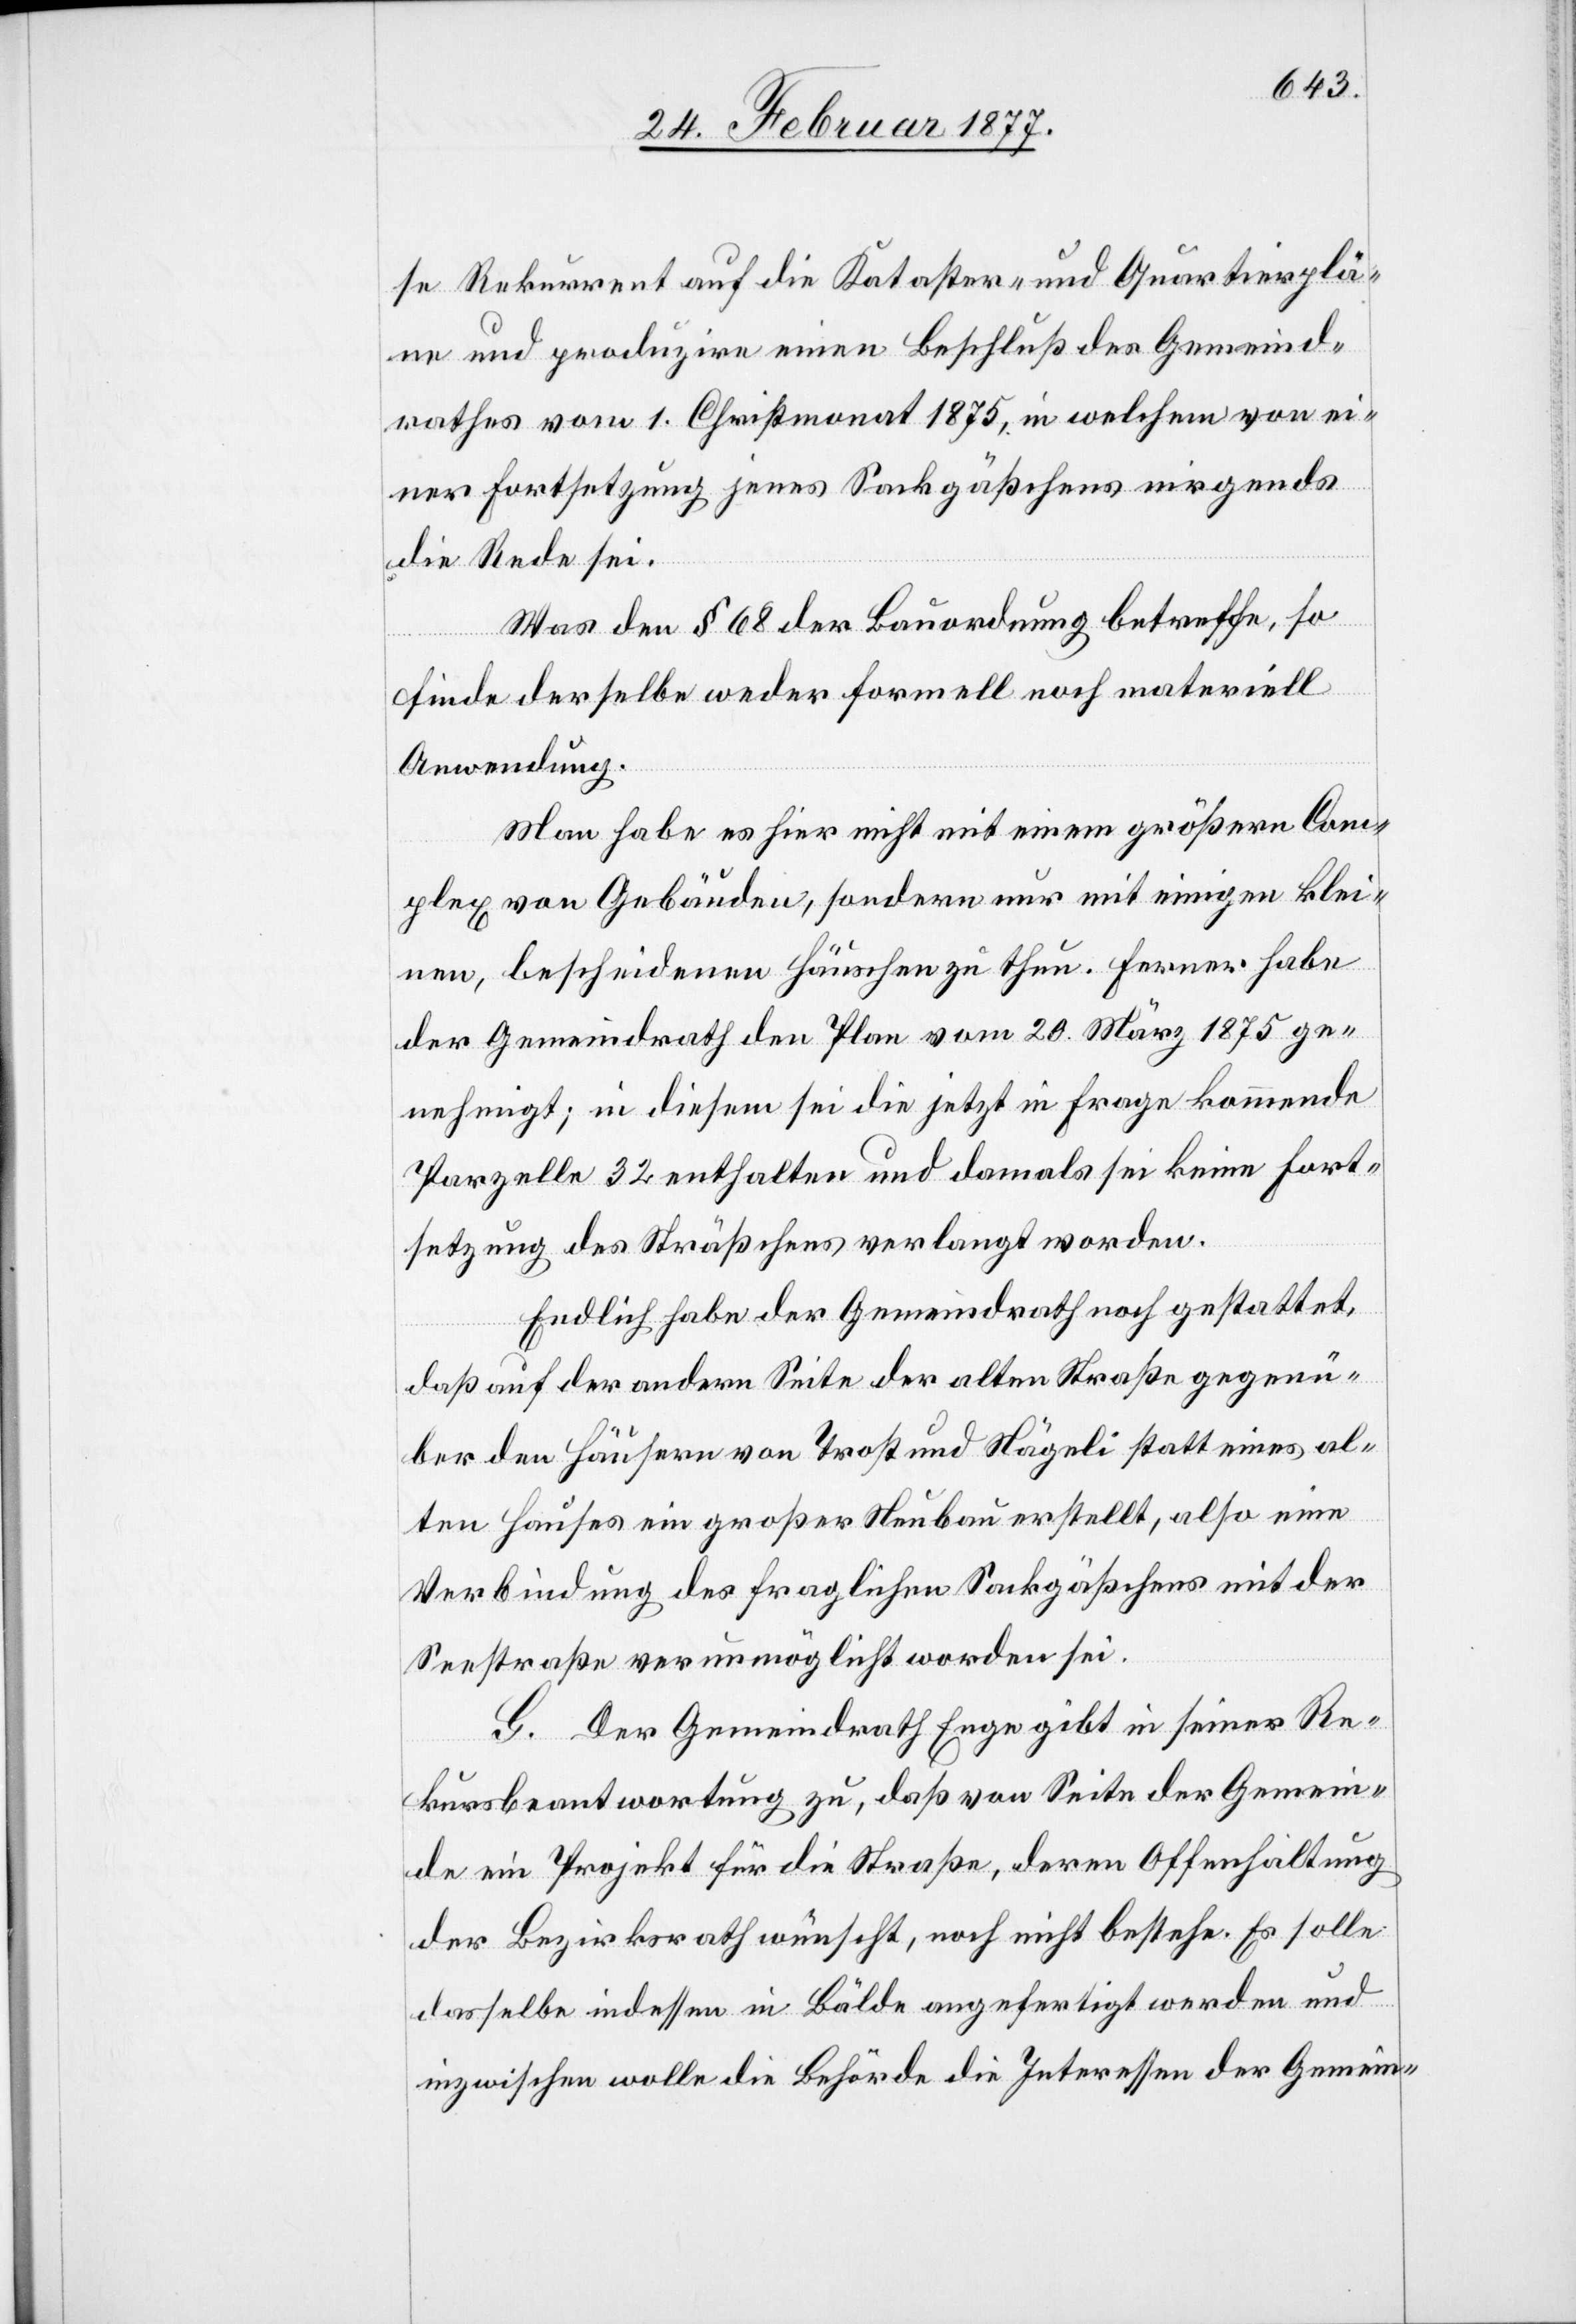
se Rekurrent auf die Kataster- und Quartierplä¬
ne und produzire einen Beschluß des Gemeind¬
rathes vom 1. Christmonat 1875, in welchem von ei¬
ner Fortsetzung jenes Sackgäßchens nirgends
die Rede sei.
Was den § 68 der Bauordnung betreffe, so
finde derselbe weder formell noch materiell
Anwendung.
Man habe es hier nicht mit einem größern Com¬
plex von Gebäuden, sondern nur mit einigen klei¬
nen, bescheidenen Häuschen zu thun. Ferner habe
der Gemeindrath den Plan vom 20. März 1875 ge¬
nehmigt; in diesem sei die jetzt in Frage kommende
Parzelle 32 enthalten und damals sei keine Fort¬
setzung des Sträßchens verlangt worden.
Endlich habe der Gemeindrath noch gestattet,
daß auf der andern Seite der alten Straße gegenü¬
ber den Häusern von Trost und Nägeli statt eines al¬
ten Hauses ein großer Neubau erstellt, also eine
Verbindung des fraglichen Sackgäßchens mit der
Seestraße verunmöglicht worden sei.
G. Der Gemeindrath Enge gibt in seiner Re¬
kursbeantwortung zu, daß von Seite der Gemein¬
de ein Projekt für die Straße, deren Offenhaltung
der Bezirksrath wünscht, noch nicht bestehe. Es solle
dasselbe indessen in Bälde angefertigt werden und
inzwischen wolle die Behörde die Interessen der Gemein-